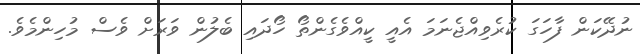
ނުދޭކަން ފާހަގަ ކުރެވިއްޖެނަމަ އެއީ ކީއްވެގެންތޯ ހޯދައި ބެލުން ވަރަށް ވެސް މުހިންމެވެ.